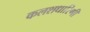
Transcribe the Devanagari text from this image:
कलशधारिणी